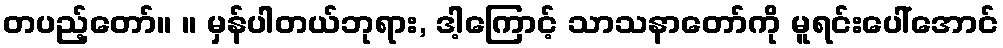
တပည့်တော်။ ။ မှန်ပါတယ်ဘုရား, ဒါ့ကြောင့် သာသနာတော်ကို မူရင်းပေါ်အောင်